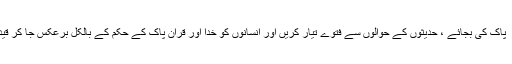
کیا یہ blasphemyنہیں ہے کہ آپ قران ِ پاک کی بجائے ، حدیثوں کے حوالوں سے فتوے تیار کریں اور انسانوں کو خدا اور قران پاک کے حکم کے بالکل برعکس جا کر قید ِ تنہائی یا موت کی سزا ئیںتجویز کر یں ؟